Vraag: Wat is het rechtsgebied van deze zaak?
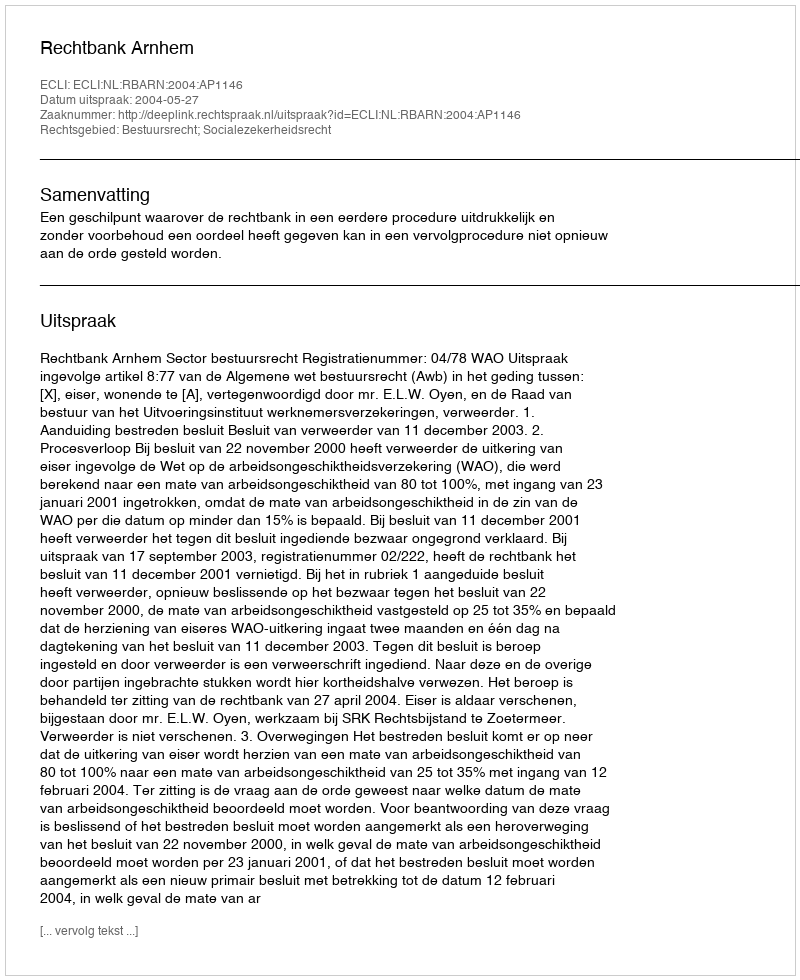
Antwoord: Bestuursrecht; Socialezekerheidsrecht